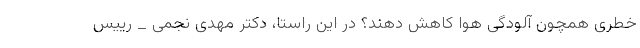
خطری همچون آلودگی هوا کاهش دهند؟ در این راستا، دکتر مهدی نجمی _ رییس